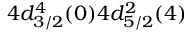
4 d _ { 3 / 2 } ^ { 4 } ( 0 ) 4 d _ { 5 / 2 } ^ { 2 } ( 4 )